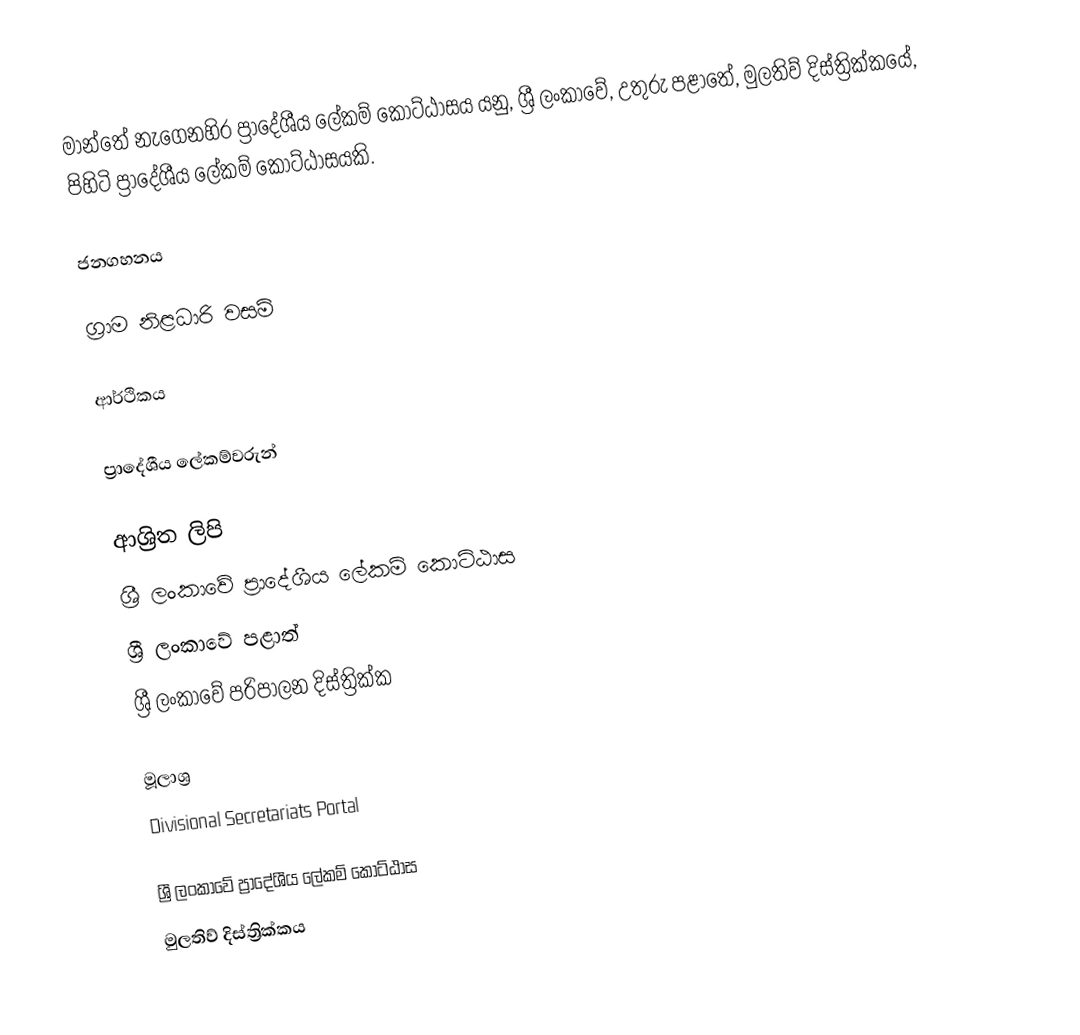
මාන්තේ නැගෙනහිර ප්‍රාදේශීය ලේකම් කොට්ඨාසය යනු,  ශ්‍රී ලංකාවේ, උතුරු පළාතේ,   මුලතිව් දිස්ත්‍රික්කයේ, පිහිටි ප්‍රාදේශීය ලේකම් කොට්ඨාසයකි.

ජනගහනය

ග්‍රාම නිළධාරි වසම්

ආර්ථිකය

ප්‍රාදේශීය ලේකම්වරුන්

ආශ්‍රිත ලිපි
ශ්‍රී ලංකාවේ ප්‍රාදේශීය ලේකම් කොට්ඨාස
ශ්‍රී ලංකාවේ පළාත්
ශ්‍රී ලංකාවේ පරිපාලන දිස්ත්‍රික්ක

මූලාශ්‍ර
 Divisional Secretariats Portal

ශ්‍රී ලංකාවේ ප්‍රාදේශීය ලේකම් කොට්ඨාස
මුලතිව් දිස්ත්‍රික්කය